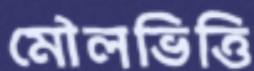
মৌলভিত্তি